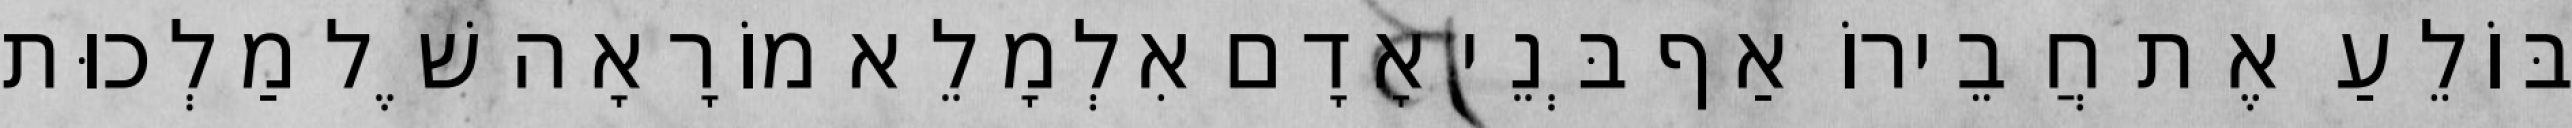
בּוֹלֵעַ אֶת חֲבֵירוֹ אַף בְּנֵי אָדָם אִלְמָלֵא מוֹרָאָה שֶׁל מַלְכוּת